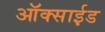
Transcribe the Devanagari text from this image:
ऑक्साई़ड